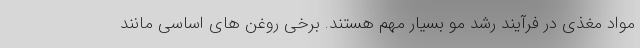
مواد مغذی در فرآیند رشد مو بسیار مهم هستند. برخی روغن های اساسی مانند